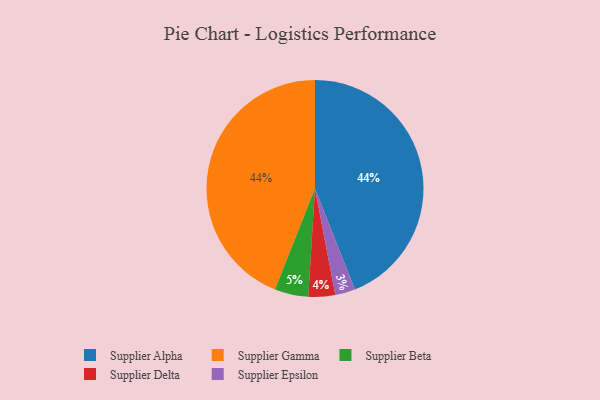
{"axis": {"x": "Category", "y": "Percentage"}, "legend": ["Supplier Alpha", "Supplier Beta", "Supplier Delta", "Supplier Epsilon", "Supplier Gamma"], "data": [{"x": "Supplier Alpha", "y": 44, "type": "Supplier Alpha"}, {"x": "Supplier Gamma", "y": 44, "type": "Supplier Gamma"}, {"x": "Supplier Delta", "y": 4, "type": "Supplier Delta"}, {"x": "Supplier Epsilon", "y": 3, "type": "Supplier Epsilon"}, {"x": "Supplier Beta", "y": 5, "type": "Supplier Beta"}]}